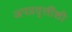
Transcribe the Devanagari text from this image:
अपप्रवृत्तींशी